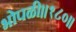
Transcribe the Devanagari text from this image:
भोपळी॥१८०॥